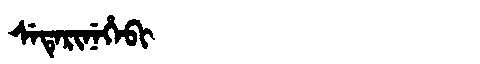
Manchu: ᠰᡝᡨᡝᡵᡳᠨᡝᡥᡝᠪᡳ
Romanization: SETERINEHEBI